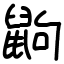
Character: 鼩